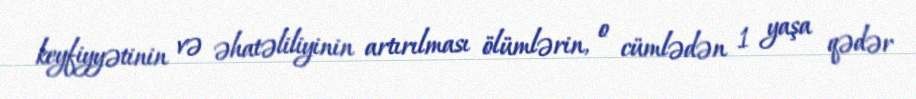
keyfiyyətinin və əhatəliliyinin artırılması ölümlərin, o cümlədən 1 yaşa qədər